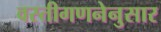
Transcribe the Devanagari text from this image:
वस्तीगणनेनुसार